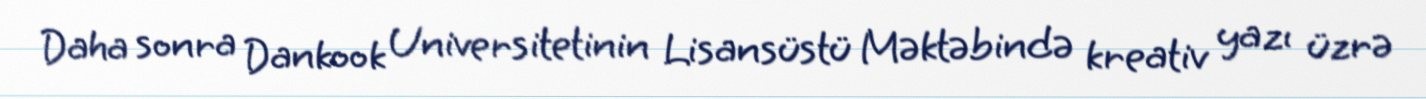
Daha sonra Dankook Universitetinin Lisansüstü Məktəbində kreativ yazı üzrə